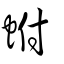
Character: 蚹